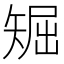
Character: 𥏘